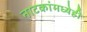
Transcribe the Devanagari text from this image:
नाटकांमध्येही